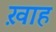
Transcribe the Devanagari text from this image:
ख़ाह